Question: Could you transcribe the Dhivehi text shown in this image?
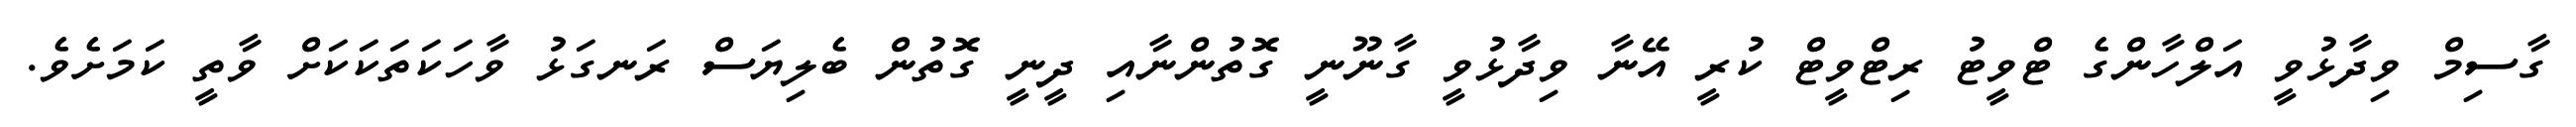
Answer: ގާސިމް ވިދާޅުވީ އަލްހާންގެ ޓްވީޓު ރިޓްވީޓް ކުރީ އޭނާ ވިދާޅުވީ ގާނޫނީ ގޮތުންނާއި ދީނީ ގޮތުން ބެލިޔަސް ރަނގަޅު ވާހަކަތަކަކަށް ވާތީ ކަމަށެވެ.